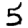
Digit: 5